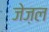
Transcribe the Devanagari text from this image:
जेज़ल